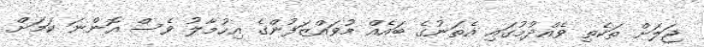
ޖަލަށް ތަކެތި ވެއްދުމުގައި އެތަނުގެ ބައެއް މުވައްޒަފުންގެ އިހުމާލު ވެސް އޮންނަ ކަމަށް